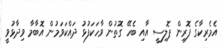
އެމެރިކާގެ ފޮރިން ޕޮލިސީ އާއި ބެހޭ ގޮތުން ވާހަކަފުޅު ދައްކަވަމުން އޮބާމާ ވިދާޅުވީ